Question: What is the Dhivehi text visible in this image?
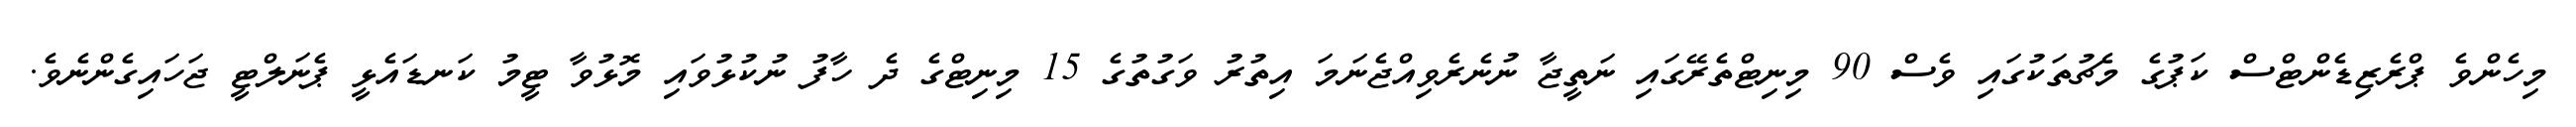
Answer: މިހެންވެ ޕްރެޒިޑެންޓްސް ކަޕުގެ މެޗުތަކުގައި ވެސް 90 މިނިޓްތެރޭގައި ނަތީޖާ ނުނެރެވިއްޖެނަމަ އިތުރު ވަގުތުގެ 15 މިނިޓްގެ ދެ ހާފު ނުކުޅުވައި މޮޅުވާ ޓީމު ކަނޑައެޅީ ޕެނަލްޓީ ޖަހައިގެންނެވެ.